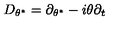
D _ { \theta ^ { \ast } } = \partial _ { \theta ^ { \ast } } - i \theta \partial _ { t }